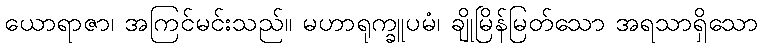
ယောရာဇာ၊ အကြင်မင်းသည်။ မဟာရုက္ခူပမံ၊ ချိုမြိန်မြတ်သော အရသာရှိသော